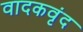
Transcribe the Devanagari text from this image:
वादकवृंद